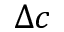
\Delta c